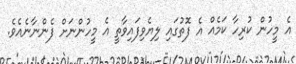
އެ މީހުން ކުރިހާ ކަމެއް އެ ފޮތުގައި ލިޔެވިފައިވާތީ އެ މީހުންނަށް ފެންނާނެއެވެ.